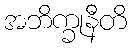
အဘိက္ခုနီတိ